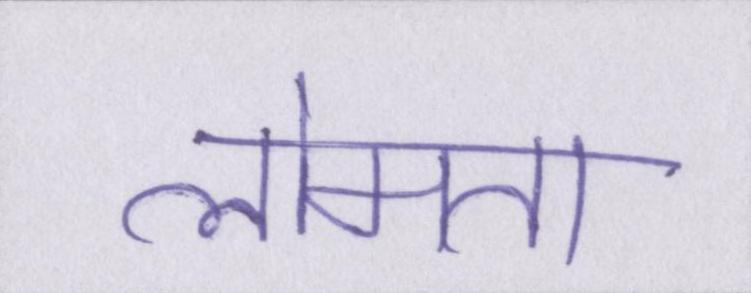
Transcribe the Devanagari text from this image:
लोमता